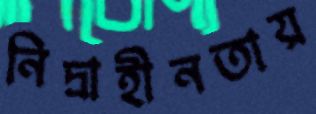
নিদ্রাহীনতায়